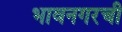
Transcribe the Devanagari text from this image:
भावनगरची